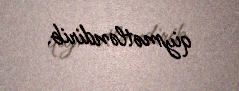
qiymətləndirib.